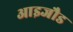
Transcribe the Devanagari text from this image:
आइजौड